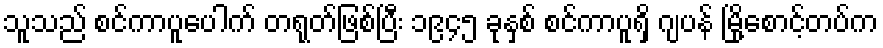
သူသည် စင်ကာပူပေါက် တရုတ်ဖြစ်ပြီး ၁၉၄၅ ခုနှစ် စင်ကာပူရှိ ဂျပန် မြို့စောင့်တပ်က